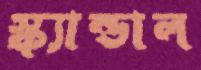
স্ক্যান্ডাল